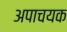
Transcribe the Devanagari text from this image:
अपाचयक